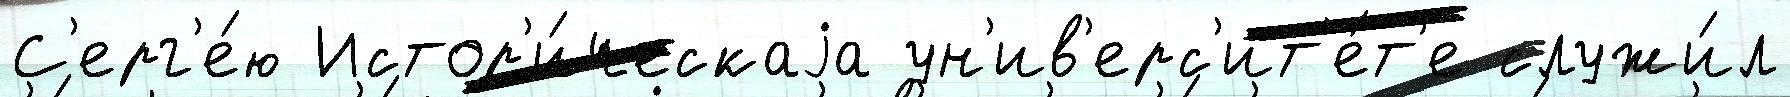
С'ерг'е́ю Истор'и́ческаjа ун'ив'ерс'ит'е́т'е служи́л